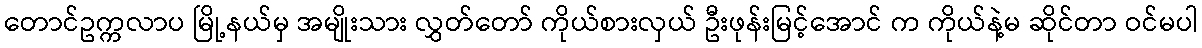
တောင်ဥက္ကလာပ မြို့နယ်မှ အမျိုးသား လွှတ်တော် ကိုယ်စားလှယ် ဦးဖုန်းမြင့်အောင် က ကိုယ်နဲ့မ ဆိုင်တာ ဝင်မပါ